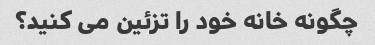
چگونه خانه خود را تزئین می کنید؟